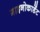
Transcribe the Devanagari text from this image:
गाइनोकार्डेट